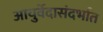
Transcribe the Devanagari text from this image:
आयुर्वेदासंदर्भात